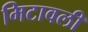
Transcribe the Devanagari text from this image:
मिटावली